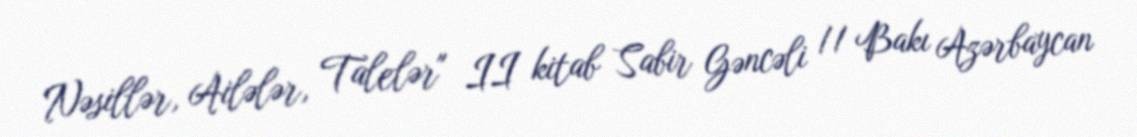
Nəsillər, Ailələr, Talelər" II kitab Sabir Gəncəli // Bakı Azərbaycan